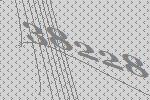
38228